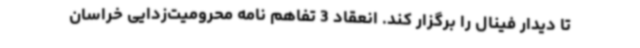
تا دیدار فینال را برگزار کند. انعقاد 3 تفاهم نامه محرومیت‌زدایی خراسان